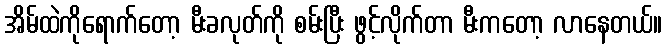
အိမ်ထဲကိုရောက်တော့ မီးခလုတ်ကို စမ်းပြီး ဖွင့်လိုက်တာ မီးကတော့ လာနေတယ်။